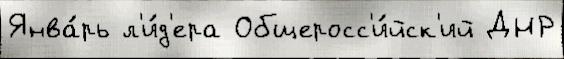
Янва́рь л'и́д'ера Общеросс'и́йск'ий ДНР